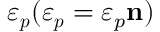
\boldsymbol { \varepsilon _ { p } } ( \boldsymbol { \varepsilon _ { p } } = \varepsilon _ { p } \mathbf { n } )